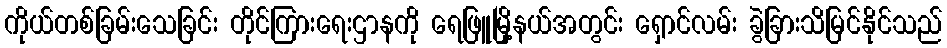
ကိုယ်တစ်ခြမ်းသေခြင်း တိုင်ကြားရေးဌာနကို ရေဖြူမြို့နယ်အတွင်း ရှောင်လမ်း ခွဲခြားသိမြင်နိုင်သည်